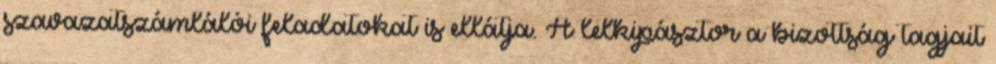
szavazatszámlálói feladatokat is ellátja. A lelkipásztor a bizottság tagjait